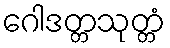
ဂေါဒတ္တသုတ္တံ